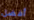
أفضل